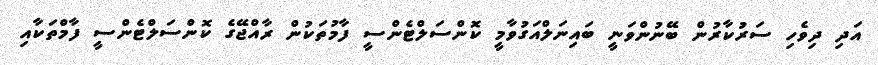
އަދި ދިވެހި ސަރުކާރުން ބޭނުންވަނީ ބައިނަލްއަގުވާމީ ކޮންސަލްޓެންސީ ފާމުތަކުން ރާއްޖޭގެ ކޮންސަލްޓެންސީ ފާމްތަކާއި